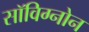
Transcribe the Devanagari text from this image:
सॉविग्नोन